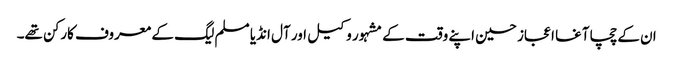
ان کے چچا آغا اعجاز حسین اپنے وقت کے مشہور وکیل اور آل انڈیا مسلم لیگ کے معروف کارکن تھے۔